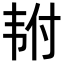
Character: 𬰴